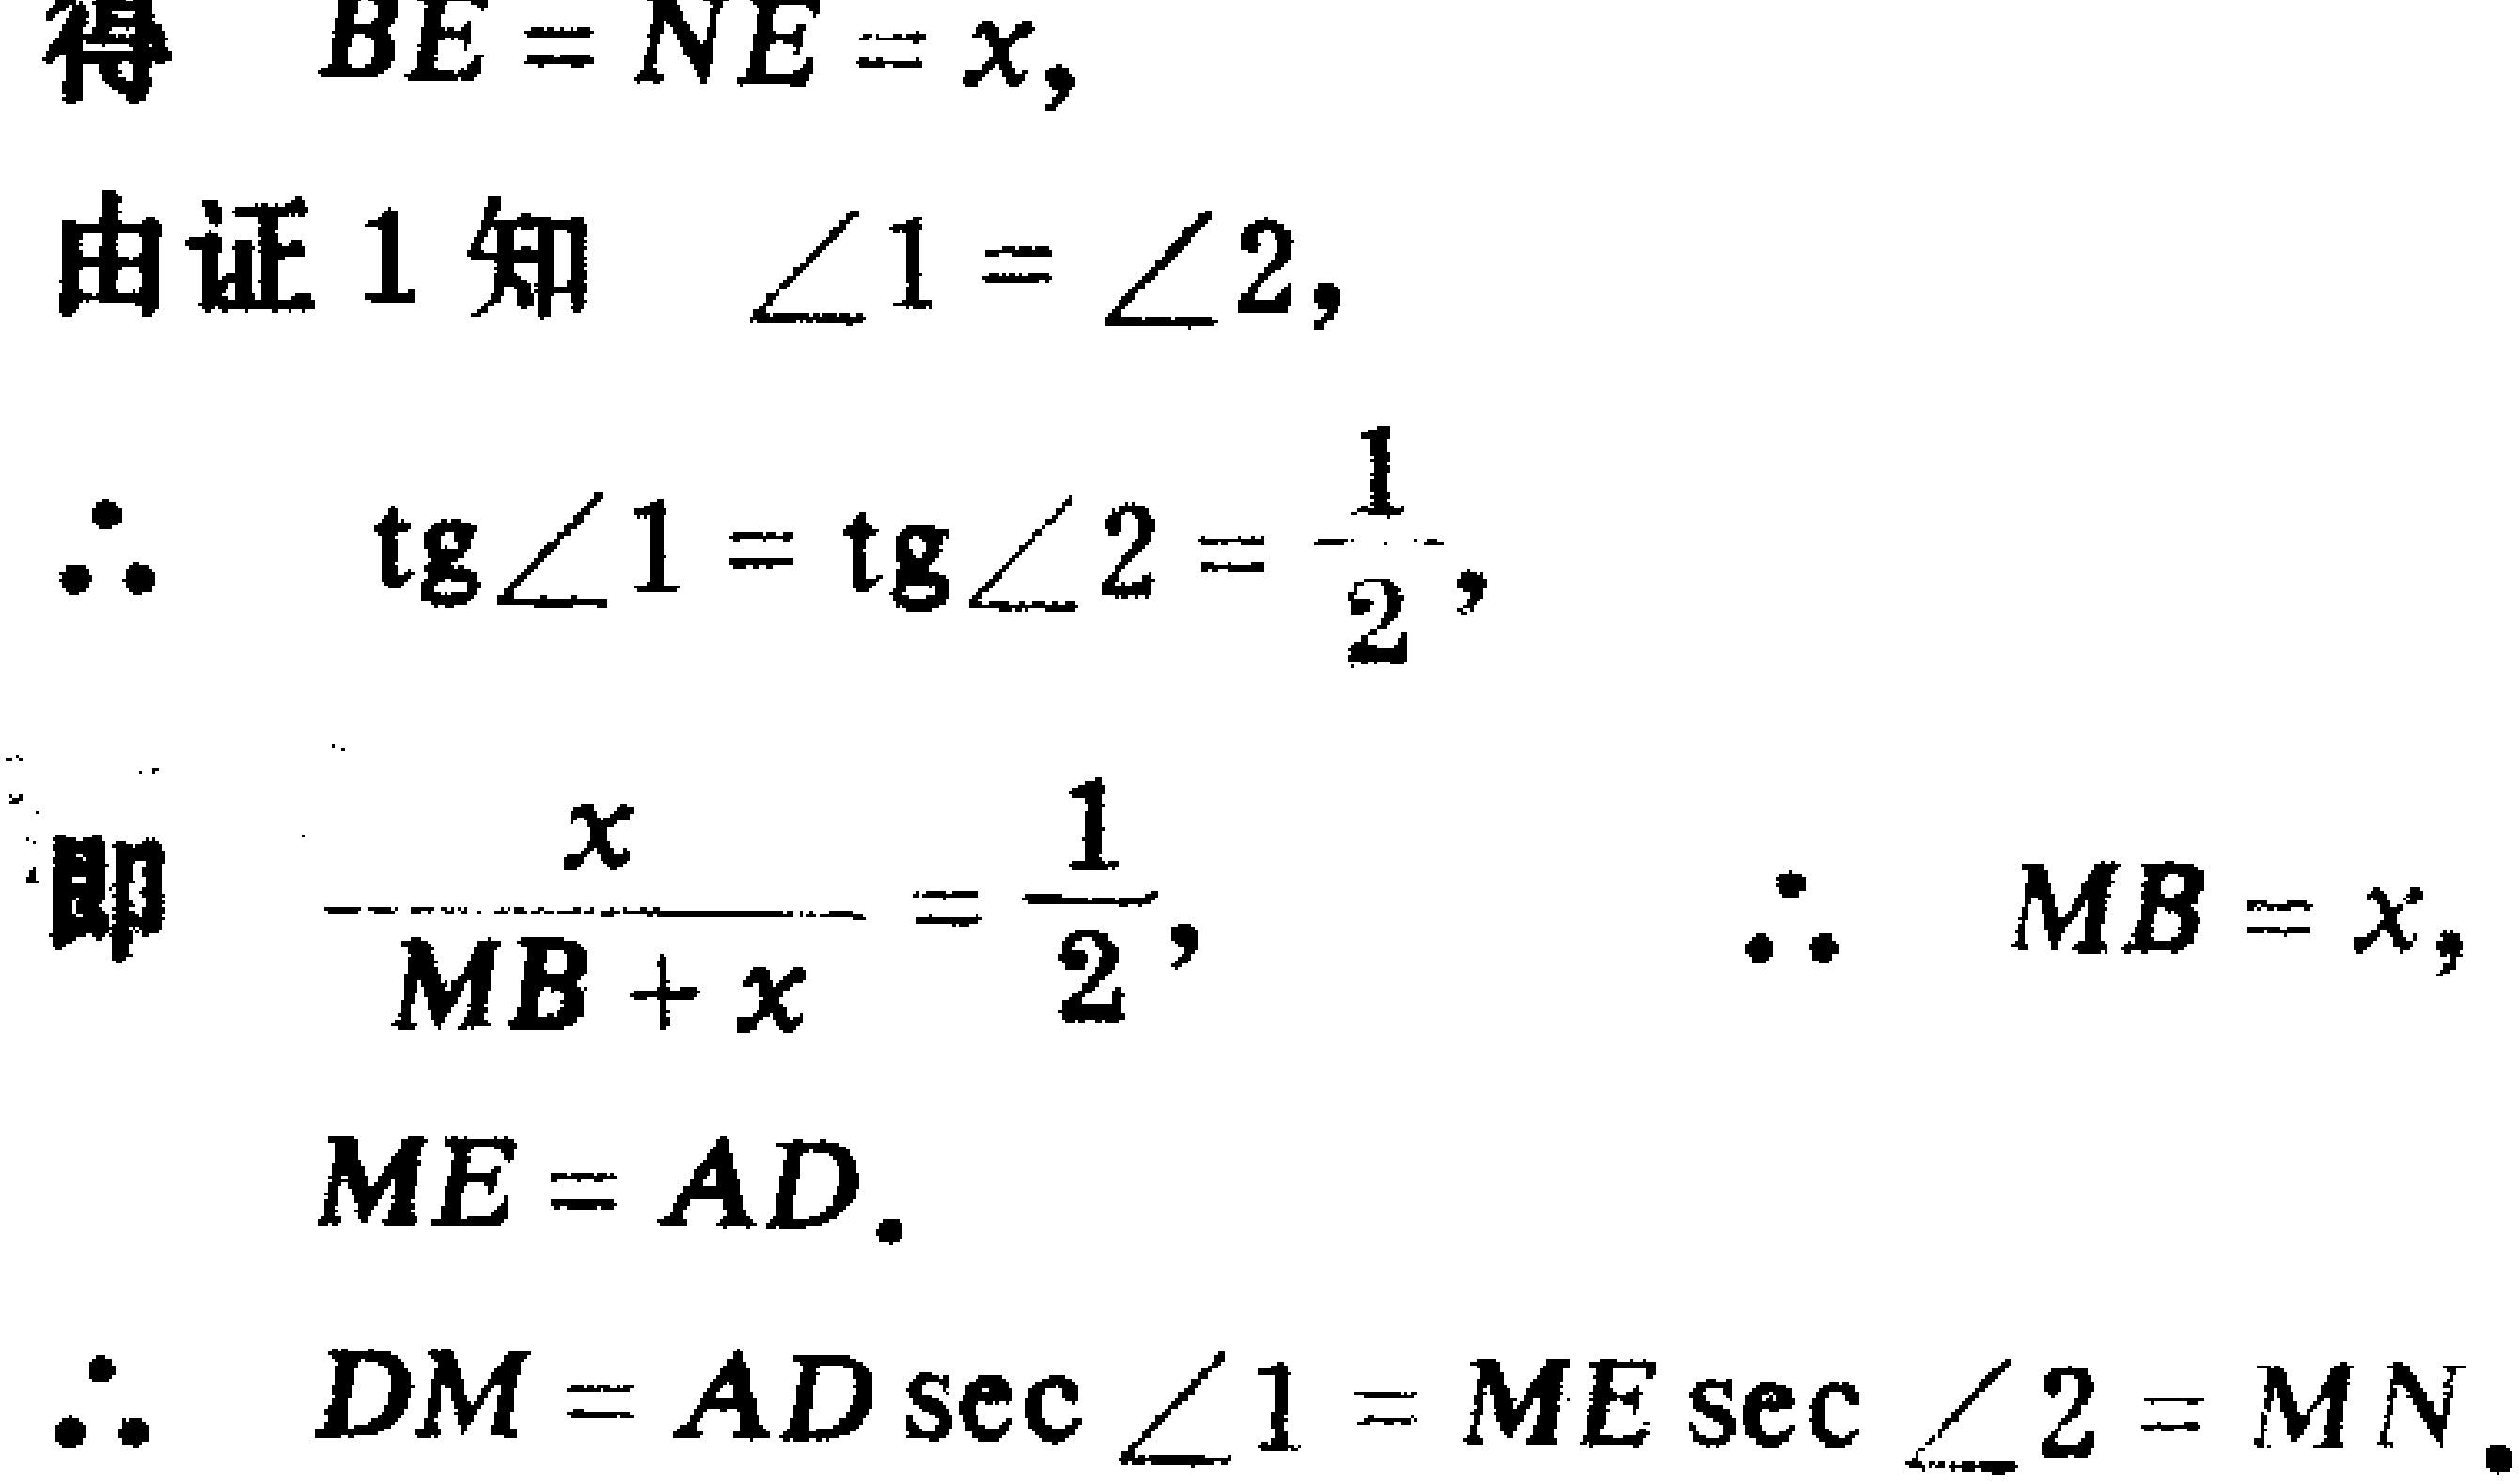
得 \(BE = NE = x,\)
由证 1 知 \(\angle1=\angle2,\)
\(\therefore\) \( \text{tg}\angle1=\text{tg}\angle2=\frac{1}{2},\)
即 \(\frac{x}{MB + x}=\frac{1}{2},\) \(\therefore\) \(MB = x,\)
\(ME = AD.\)
\(\therefore\) \(DM = AD\sec\angle1=ME\sec\angle2=MN.\)